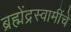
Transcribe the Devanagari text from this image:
ब्रह्मेंद्रस्वामींचें